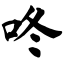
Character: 咚